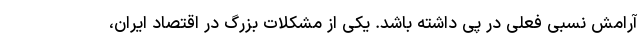
آرامش نسبی فعلی در پی داشته باشد. یکی از مشکلات بزرگ در اقتصاد ایران،